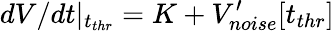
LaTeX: dV/dt|_{t_{thr}}=K+V_{noise}^{\prime}[t_{thr}]